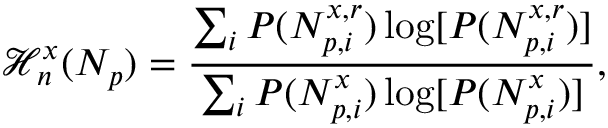
\mathcal { H } _ { n } ^ { x } ( N _ { p } ) = \frac { \sum _ { i } P ( N _ { p , i } ^ { x , r } ) \log [ P ( N _ { p , i } ^ { x , r } ) ] } { \sum _ { i } P ( N _ { p , i } ^ { x } ) \log [ P ( N _ { p , i } ^ { x } ) ] } ,